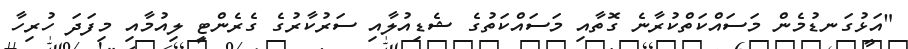
"އަޅުގަނޑުމެން މަސައްކަތްކުރާނެ ގޮތާއި މަސައްކަތުގެ ޝެޑިއުލާއި ސަރުކާރުގެ ގެރެންޓީ ލިއުމާއި މިފަދަ ހުރިހާ